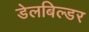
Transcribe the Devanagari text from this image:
डेलबिल्डर